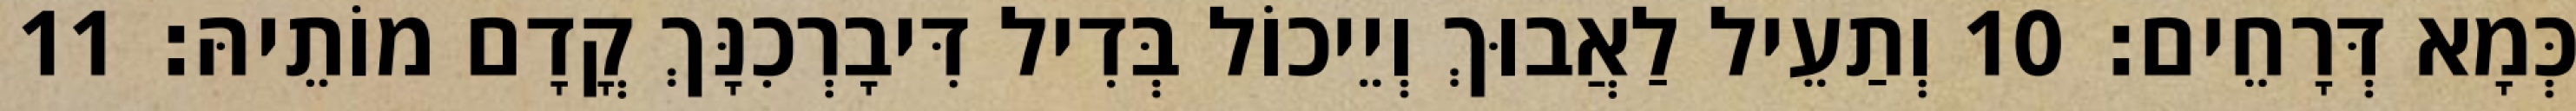
כְּמָא דְּרָחֵים׃ 10 וְתַעֵיל לַאֲבוּךְ וְיֵיכוֹל בְּדִיל דִּיבָרְכִנָּךְ קֳדָם מוֹתֵיהּ׃ 11